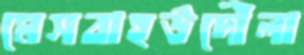
মেসবাহউদৌলা